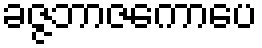
ခဇ္ဇဘာဇကောပေ